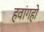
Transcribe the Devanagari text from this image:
हवांगहो